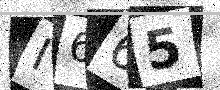
Text: I665